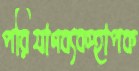
পরিযাণব্যবস্হাপক